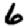
Digit: 6